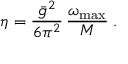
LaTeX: \eta = \frac { \bar { g } ^ { 2 } } { 6 \pi ^ { 2 } } \, \frac { \omega _ { \mathrm { m a x } } } { M } \; .